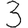
Digit: 3